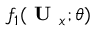
f _ { 1 } ( \textbf { U } _ { x } ; \theta )